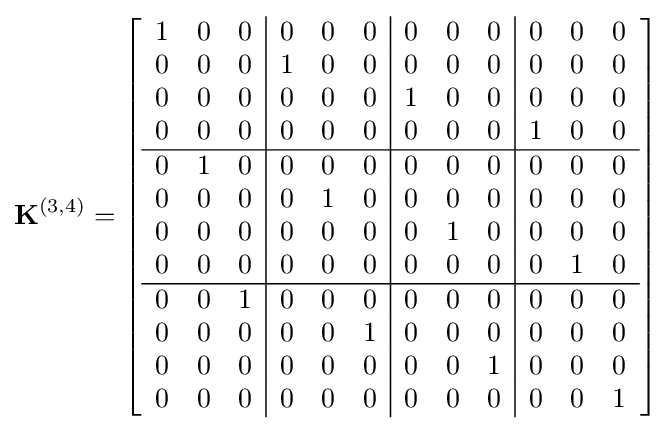
\mathbf {K} ^{(3,4)}=\left[{\begin{array}{ccc|ccc|ccc|ccc}1&0&0&0&0&0&0&0&0&0&0&0\\0&0&0&1&0&0&0&0&0&0&0&0\\0&0&0&0&0&0&1&0&0&0&0&0\\0&0&0&0&0&0&0&0&0&1&0&0\\\hline 0&1&0&0&0&0&0&0&0&0&0&0\\0&0&0&0&1&0&0&0&0&0&0&0\\0&0&0&0&0&0&0&1&0&0&0&0\\0&0&0&0&0&0&0&0&0&0&1&0\\\hline 0&0&1&0&0&0&0&0&0&0&0&0\\0&0&0&0&0&1&0&0&0&0&0&0\\0&0&0&0&0&0&0&0&1&0&0&0\\0&0&0&0&0&0&0&0&0&0&0&1\end{array}}\right]